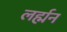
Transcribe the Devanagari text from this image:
लर्ह्मन